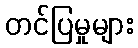
တင်ပြမှုများ